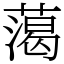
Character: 䔽